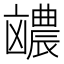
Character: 𪞽